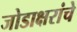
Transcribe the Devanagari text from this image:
जोडाक्षरांचे